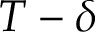
T - \delta